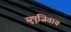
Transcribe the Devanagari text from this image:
सुपूजिताय